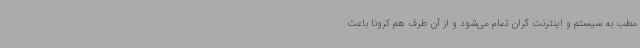
مطب به سیستم و اینترنت گران تمام می‌شود و از آن طرف هم کرونا باعث